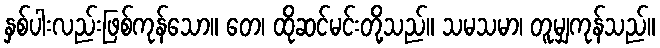
နှစ်ပါးလည်းဖြစ်ကုန်သော။ တေ၊ ထိုဆင်မင်းတို့သည်။ သမသမာ၊ တူမျှကုန်သည်။